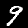
Digit: 9